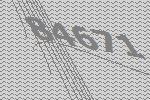
84671